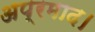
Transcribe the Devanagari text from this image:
अप्रमाद।